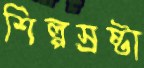
শিল্পস্রষ্টা